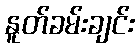
နူတ်ခမ်းချင်း